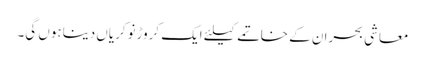
معاشی بحران کے خاتمے کیلئے ایک کروڑنوکریاں دیناہوں گی۔